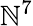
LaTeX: \mathbb{N}^{7}